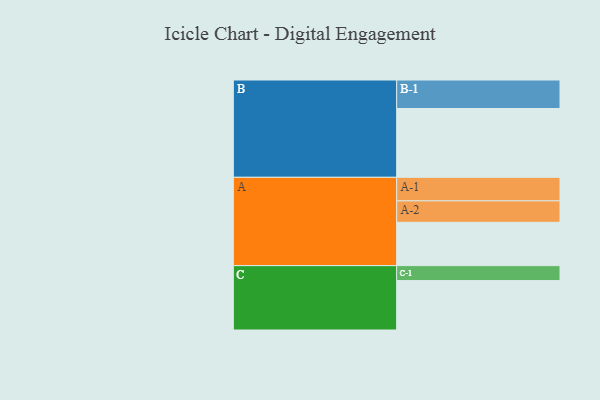
{"axis": {"x": "Segment", "y": "Value"}, "legend": ["", "A", "B", "C"], "data": [{"x": "A", "y": 313, "type": ""}, {"x": "B", "y": 497, "type": ""}, {"x": "C", "y": 357, "type": ""}, {"x": "A-1", "y": 170, "type": "A"}, {"x": "A-2", "y": 155, "type": "A"}, {"x": "B-1", "y": 206, "type": "B"}, {"x": "C-1", "y": 108, "type": "C"}]}